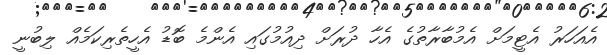
އެއަހަރު އެޓީމަށް އެމުބާރާތުގެ އެހާ ދުރަށް ދިއުމުގައި އެންމެ ބޮޑު އެހީތެރިކަމެއް ލިބުނީ